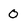
Character: 0